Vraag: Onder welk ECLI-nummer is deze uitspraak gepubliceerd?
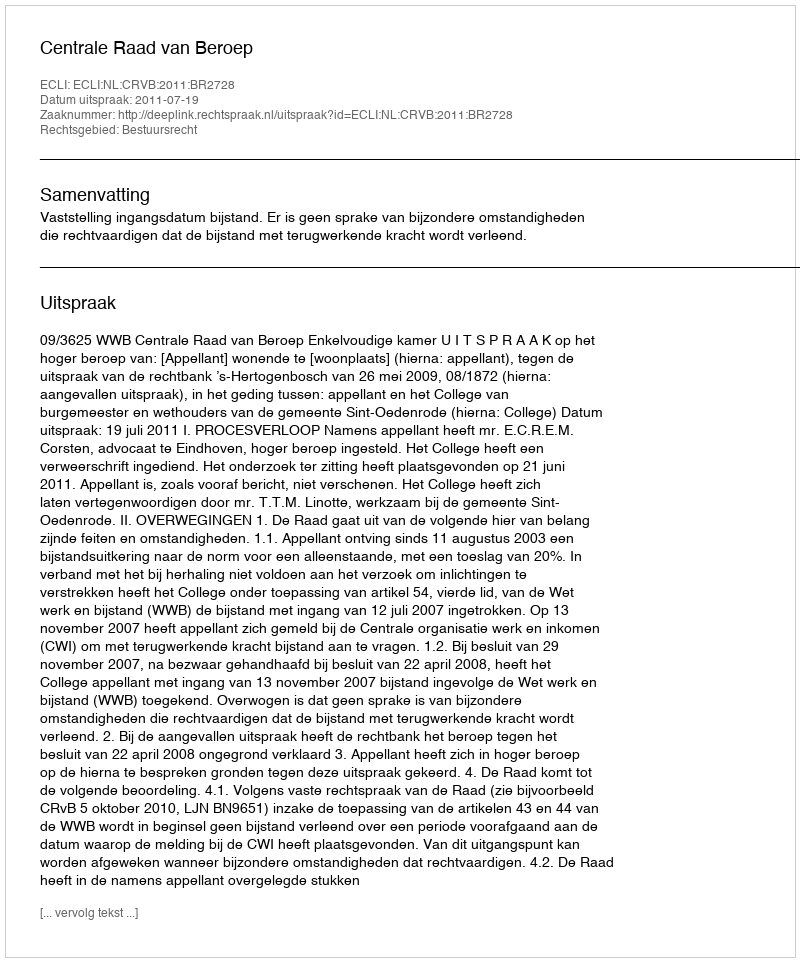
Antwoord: ECLI:NL:CRVB:2011:BR2728